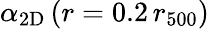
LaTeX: \alpha_{\mathrm{2D}}\, (r=0.2\, r_{500})